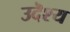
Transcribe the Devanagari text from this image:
उदॆश्य